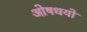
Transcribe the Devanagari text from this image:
ओषधयो